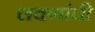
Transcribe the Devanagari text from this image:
लवणांची